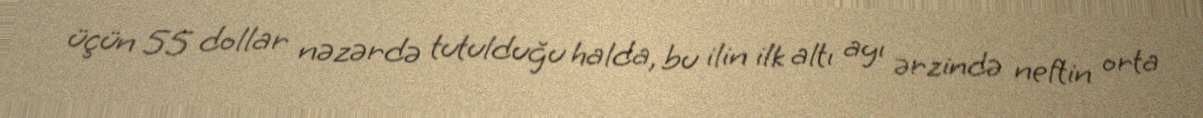
üçün 55 dollar nəzərdə tutulduğu halda, bu ilin ilk altı ayı ərzində neftin orta